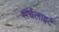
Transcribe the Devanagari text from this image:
सर्चलाइटें